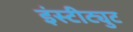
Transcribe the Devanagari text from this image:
इंस्‍टीट्युट